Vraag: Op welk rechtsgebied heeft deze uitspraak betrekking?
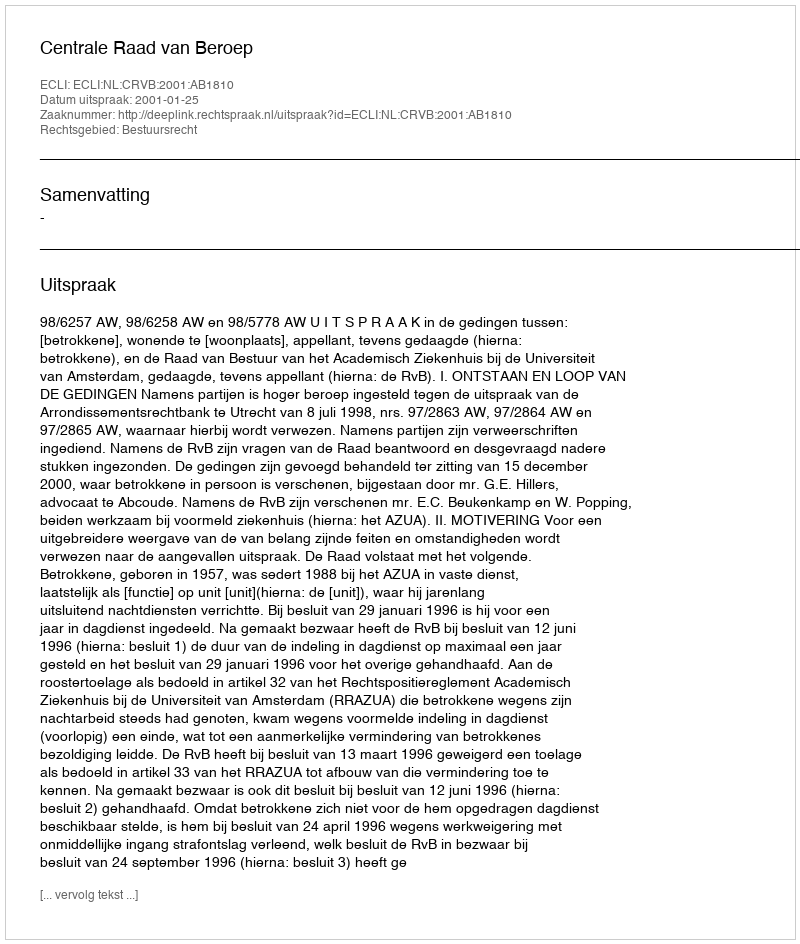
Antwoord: Bestuursrecht